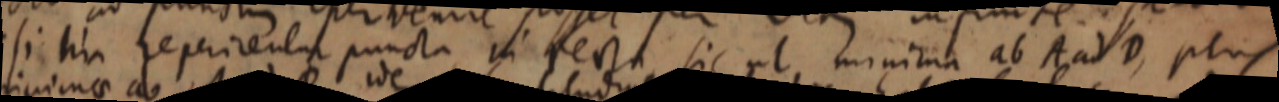
si hic repericentur puncta in recta, sit ut, minima ab A ad D, plus